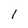
Character: 1